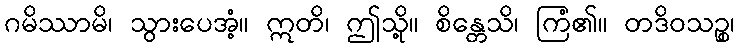
ဂမိဿာမိ၊ သွားပေအံ့။ ဣတိ၊ ဤသို့။ စိန္တေသိ၊ ကြံ၏။ တဒိဝသဉ္စ၊